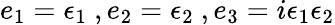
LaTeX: e_{1}={\epsilon}_{1}~,e_{2}={\epsilon}_{2}~,e_{3}=i{\epsilon}_{1}{\epsilon}_{2}